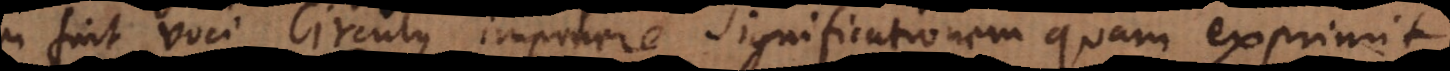
fuit voci Circulus imponere significationem quam exprimit